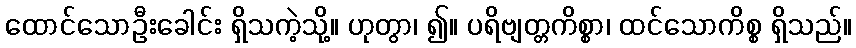
ထောင်သောဦးခေါင်း ရှိသကဲ့သို့။ ဟုတွာ၊ ၍။ ပရိဗျတ္တကိစ္စာ၊ ထင်သောကိစ္စ ရှိသည်။